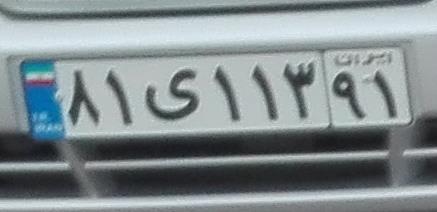
۸۱ی۱۱۳۹۱